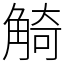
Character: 觭